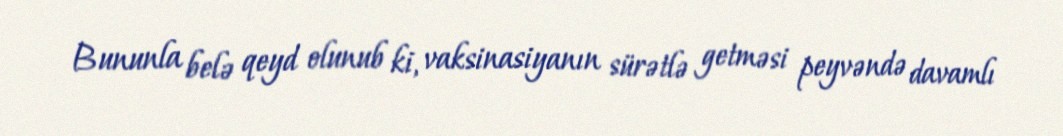
Bununla belə qeyd olunub ki, vaksinasiyanın sürətlə getməsi peyvəndə davamlı